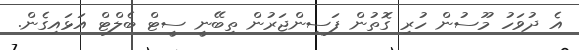
އެ ދުވަހު މޫސުން ހުރި ގޮތުން ފަސިންޖަރުން ތިބޭނީ ސީޓް ބެލްޓް އަޅައިގެން.